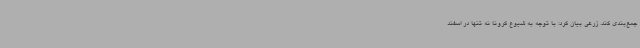
جمع‌بندی کند. زرعی بیان کرد: با توجه به شیوع کرونا نه تنها در اسفند